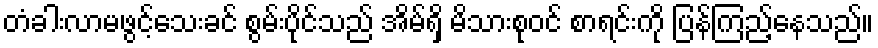
တံခါးလာမဖွင့်သေးခင် စွမ်းပိုင်သည် အိမ်ရှိ မိသားစုဝင် စာရင်းကို ပြန်ကြည့်နေသည်။